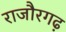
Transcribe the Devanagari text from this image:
राजौरगढ़